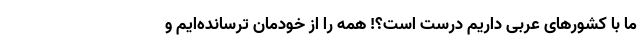
ما با کشورهای عربی داریم درست است؟! همه را از خودمان ترسانده‌ایم و